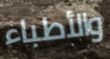
والأطباء